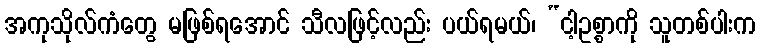
အကုသိုလ်ကံတွေ မဖြစ်ရအောင် သီလဖြင့်လည်း ပယ်ရမယ်၊ “ငါ့ဥစ္စာကို သူတစ်ပါးက